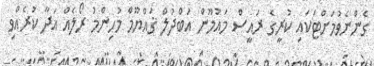
ގެންނެވުމަށްޓަކައި ކުރީގެ ރައީސް މައުމޫން އަބްދުލް ޤައްޔޫމް މުހިންމު ރޯލެއް އަދާ ކުރެއްވި